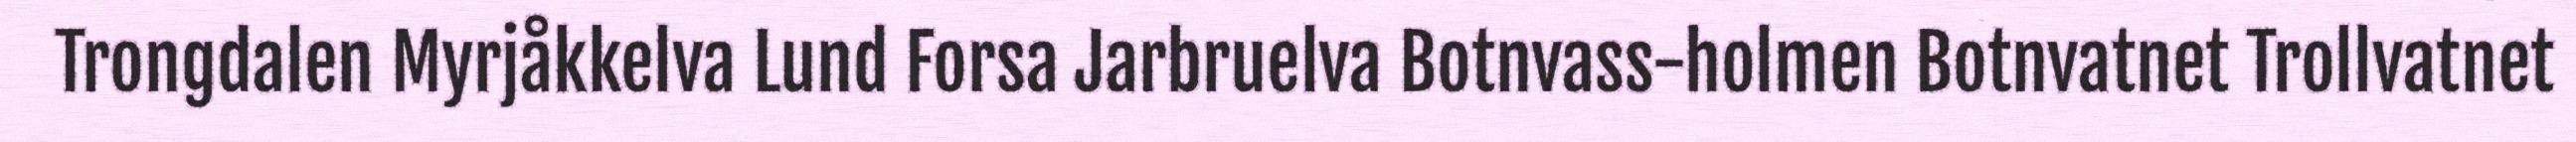
Trongdalen Myrjåkkelva Lund Forsa Jarbruelva Botnvass-holmen Botnvatnet Trollvatnet